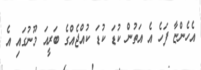
އެހެންޏާ ފަހެ އެ އަތުން ކުޑަ ކުޑަ ކުއްޖެއްގެ ބަރީއަ މޫނުގައި އެ